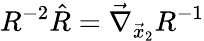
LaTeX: R^{-2}\hat{R}=\vec{\nabla}_{\vec{x}_{2}}R^{-1}